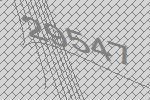
29547